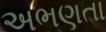
અભણતા